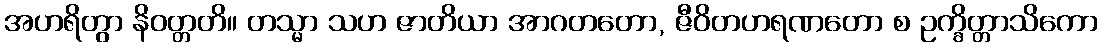
အဟရိတွာ နိဝတ္တတိ။ တသ္မာ သဟ ဇာတိယာ အာဂတတော, ဇီဝိတဟရဏတော စ ဥက္ခိတ္တာသိကော